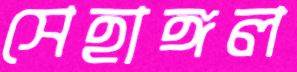
সেহাঙ্গল